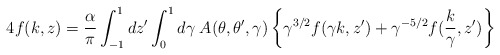
\begin{align*} 4f(k,z) ={\alpha\over\pi} \int_{-1}^1 dz' \int_0^1 d\gamma\; A(\theta,\theta',\gamma) \left\{\gamma^{3/2} f(\gamma k,z')+\gamma^{-5/2} f({k\over\gamma},z')\right\}\end{align*}